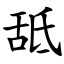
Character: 䑛